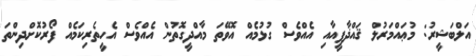
އަލްބަޝީރު: މުޢައްމަރުލް ޤައްޛާފީއާއި އެއްވެސް ގުޅުމެއް އޮވޭތަ މާއްދީގޮތުން އެއްވެސް އެހީތެރިކަމެއް ފޯރުކޮށްދިންތަ